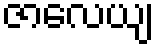
ဇာလေယျ